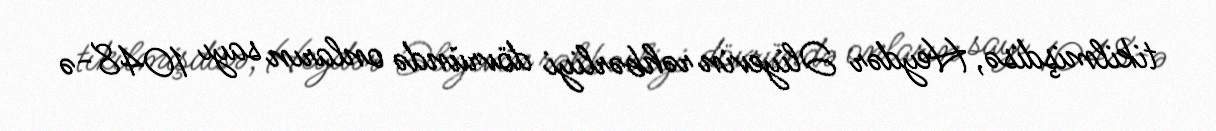
tikilmişdisə, Heydər Əliyevin rəhbərliyi dövründə onların sayı 1048-ə